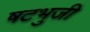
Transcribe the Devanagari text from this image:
षटभुजी